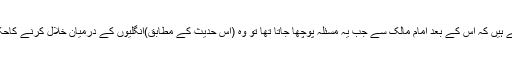
ابن وھب کہتے ہیں کہ اس کے بعد امام مالک سے جب یہ مسئلہ پوچھا جاتا تھا تو وہ (اس حدیث کے مطابق)انگلیوں کے درمیان خلال کرنے کاحکم دیتے تھے۔